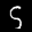
Label: 5